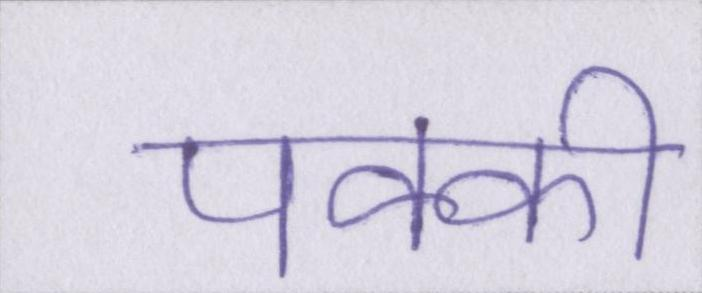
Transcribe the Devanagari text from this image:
पक्की